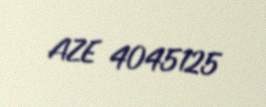
AZE 4045125